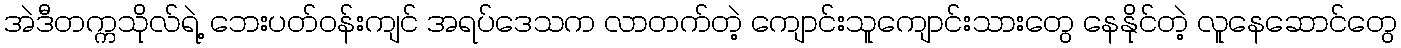
အဲဒီတက္ကသိုလ်ရဲ့ ဘေးပတ်ဝန်းကျင် အရပ်ဒေသက လာတက်တဲ့ ကျောင်းသူကျောင်းသားတွေ နေနိုင်တဲ့ လူနေဆောင်တွေ